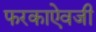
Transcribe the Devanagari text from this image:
फरकाऐवजी